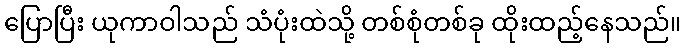
ပြောပြီး ယုကာဝါသည် သံပုံးထဲသို့ တစ်စုံတစ်ခု ထိုးထည့်နေသည်။